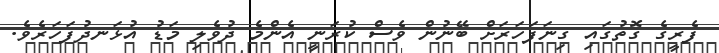
ފެރީގެ ގޮތުގައި ގިނަފަހަރަށް ބޭނުން ވެސް ކުރަނީ އެންމެ ދުވެލި މަޑު އުޅަނދުފަހަރެވެ.